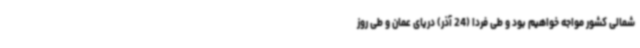
شمالی کشور مواجه خواهیم بود و طی فردا (24 آذر) دریای عمان و طی روز